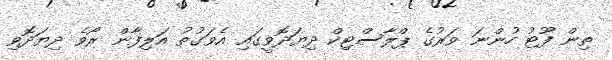
ތިން ފޫޓު ހުންނަ ވަރުގެ ޕްލާސްޓިކް ދިޔަދޮވީގައި އެވަގުތު އަލިފާން ރޯވެ ދިޔަދޮވި